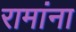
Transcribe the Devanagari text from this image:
रामांना